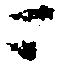
ニ